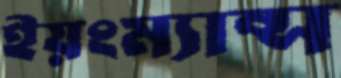
ইয়ংম্যান্স